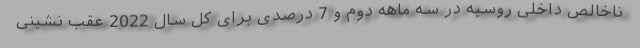
ناخالص داخلی روسیه در سه ماهه دوم و 7 درصدی برای کل سال 2022 عقب نشینی